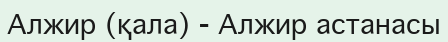
Алжир (қала) - Алжир астанасы